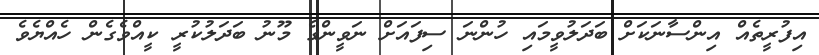
އިފުރީތެއް އިންސާނަކަށް ބަދަލުވީމައި ހުންނަ ސިފައަށް ނަވީންގެ މޫނު ބަދަލުކުރީ ކީއްވެގެން ހެއްޔެވެ